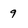
Character: 9